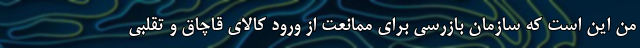
من این است که سازمان بازرسی برای ممانعت از ورود کالای قاچاق و تقلبی